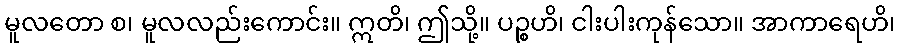
မူလတော စ၊ မူလလည်းကောင်း။ ဣတိ၊ ဤသို့။ ပဉ္စဟိ၊ ငါးပါးကုန်သော။ အာကာရေဟိ၊